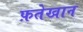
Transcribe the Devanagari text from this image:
फ़तेखान